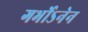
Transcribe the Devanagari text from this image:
गर्भोऽनेन